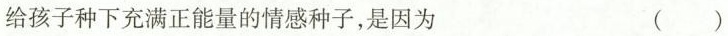
给孩子种下充满正能量的情感种子，是因为 ()